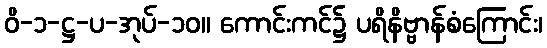
ဝိ-၁-ဋ္ဌ-ပ-အုပ်-၁၀။ ကောင်းကင်၌ ပရိနိဗ္ဗာန်စံကြောင်း၊